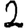
Digit: 2